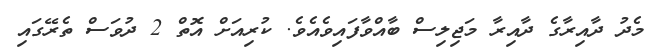
މެދު ދާއިރާގެ ދާއިރާ މަޖިލިސް ބާއްވާފައިވެއެވެ. ކުރިއަށް އޮތް 2 ދުވަސް ތެރޭގައި